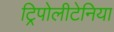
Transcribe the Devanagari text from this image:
ट्रिपोलीटेनिया